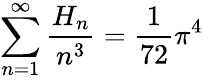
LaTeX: \sum_{n=1}^{\infty}{\frac{H_{n}}{n^{3}}}={\frac{1}{72}}\pi^{4}